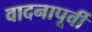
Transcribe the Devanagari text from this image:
वादनापूर्वी